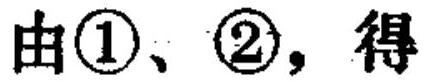
由\((1)\)、\((2)\)，得